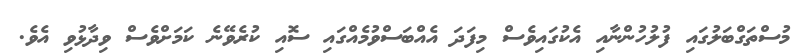
މުސްތަގްބަލުގައި ފުލުހުންނާއި އެކުގައިވެސް މިފަދަ އެއްބަސްވުމެއްގައި ސޮއި ކުރެވޭނެ ކަމަށްވެސް ވިދާޅުވި އެވެ.